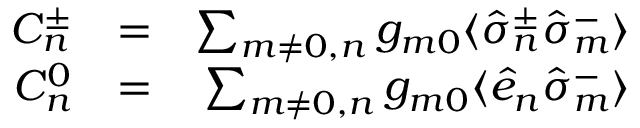
\begin{array} { r l r } { { \cal C } _ { n } ^ { \pm } } & { = } & { \sum _ { m \neq 0 , n } g _ { m 0 } \langle \hat { \sigma } _ { n } ^ { \pm } \hat { \sigma } _ { m } ^ { - } \rangle } \\ { { \cal C } _ { n } ^ { 0 } } & { = } & { \sum _ { m \neq 0 , n } g _ { m 0 } \langle \hat { e } _ { n } \hat { \sigma } _ { m } ^ { - } \rangle } \end{array}